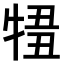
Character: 𤚄